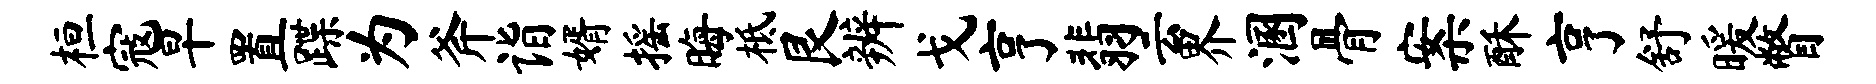
桓寇早置蹀为斧诣婿摇晦柢艮辨戈亨翡云界溷骨案酥亨舒暖瞥